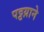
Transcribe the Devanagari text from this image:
पट्टय़ाने